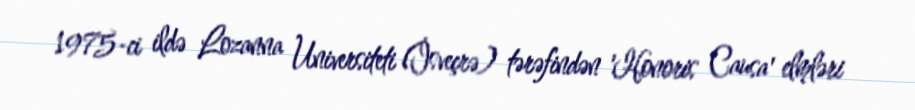
1975-ci ildə Lozanna Universiteti (İsveçrə) tərəfindən 'Honoris Causa' elmləri